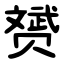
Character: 赟